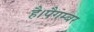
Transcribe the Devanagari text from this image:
है।पैगम्बर